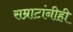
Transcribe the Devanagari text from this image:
सम्राटांनीही